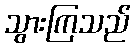
သွားကြသည်